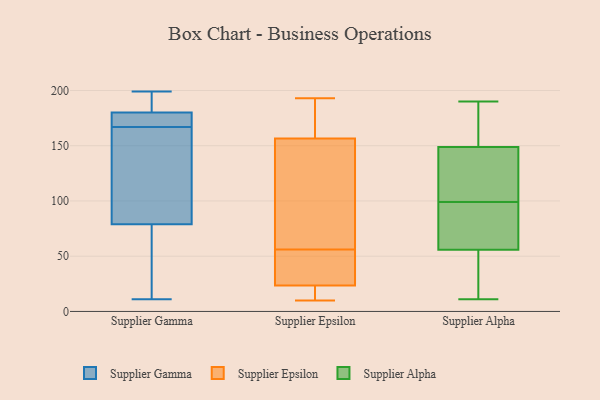
{"axis": {"x": "Energy Usage (MWh)", "y": "Value"}, "legend": ["Supplier Alpha", "Supplier Epsilon", "Supplier Gamma"], "data": [{"x": "", "y": 11, "type": "Supplier Gamma"}, {"x": "", "y": 169, "type": "Supplier Gamma"}, {"x": "", "y": 79, "type": "Supplier Gamma"}, {"x": "", "y": 169, "type": "Supplier Gamma"}, {"x": "", "y": 180, "type": "Supplier Gamma"}, {"x": "", "y": 57, "type": "Supplier Gamma"}, {"x": "", "y": 187, "type": "Supplier Gamma"}, {"x": "", "y": 96, "type": "Supplier Gamma"}, {"x": "", "y": 199, "type": "Supplier Gamma"}, {"x": "", "y": 165, "type": "Supplier Gamma"}, {"x": "", "y": 52, "type": "Supplier Epsilon"}, {"x": "", "y": 95, "type": "Supplier Epsilon"}, {"x": "", "y": 34, "type": "Supplier Epsilon"}, {"x": "", "y": 10, "type": "Supplier Epsilon"}, {"x": "", "y": 180, "type": "Supplier Epsilon"}, {"x": "", "y": 151, "type": "Supplier Epsilon"}, {"x": "", "y": 18, "type": "Supplier Epsilon"}, {"x": "", "y": 34, "type": "Supplier Epsilon"}, {"x": "", "y": 76, "type": "Supplier Epsilon"}, {"x": "", "y": 21, "type": "Supplier Epsilon"}, {"x": "", "y": 181, "type": "Supplier Epsilon"}, {"x": "", "y": 46, "type": "Supplier Epsilon"}, {"x": "", "y": 15, "type": "Supplier Epsilon"}, {"x": "", "y": 138, "type": "Supplier Epsilon"}, {"x": "", "y": 10, "type": "Supplier Epsilon"}, {"x": "", "y": 60, "type": "Supplier Epsilon"}, {"x": "", "y": 193, "type": "Supplier Epsilon"}, {"x": "", "y": 26, "type": "Supplier Epsilon"}, {"x": "", "y": 162, "type": "Supplier Epsilon"}, {"x": "", "y": 178, "type": "Supplier Epsilon"}, {"x": "", "y": 106, "type": "Supplier Alpha"}, {"x": "", "y": 190, "type": "Supplier Alpha"}, {"x": "", "y": 171, "type": "Supplier Alpha"}, {"x": "", "y": 52, "type": "Supplier Alpha"}, {"x": "", "y": 28, "type": "Supplier Alpha"}, {"x": "", "y": 17, "type": "Supplier Alpha"}, {"x": "", "y": 76, "type": "Supplier Alpha"}, {"x": "", "y": 67, "type": "Supplier Alpha"}, {"x": "", "y": 151, "type": "Supplier Alpha"}, {"x": "", "y": 142, "type": "Supplier Alpha"}, {"x": "", "y": 67, "type": "Supplier Alpha"}, {"x": "", "y": 11, "type": "Supplier Alpha"}, {"x": "", "y": 157, "type": "Supplier Alpha"}, {"x": "", "y": 99, "type": "Supplier Alpha"}, {"x": "", "y": 124, "type": "Supplier Alpha"}]}